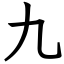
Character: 九